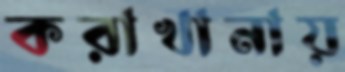
করাখানায়